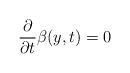
LaTeX: \begin{align*} \frac{\partial}{\partial t}\beta(y,t)=0\end{align*}